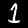
Digit: 1